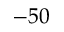
- 5 0